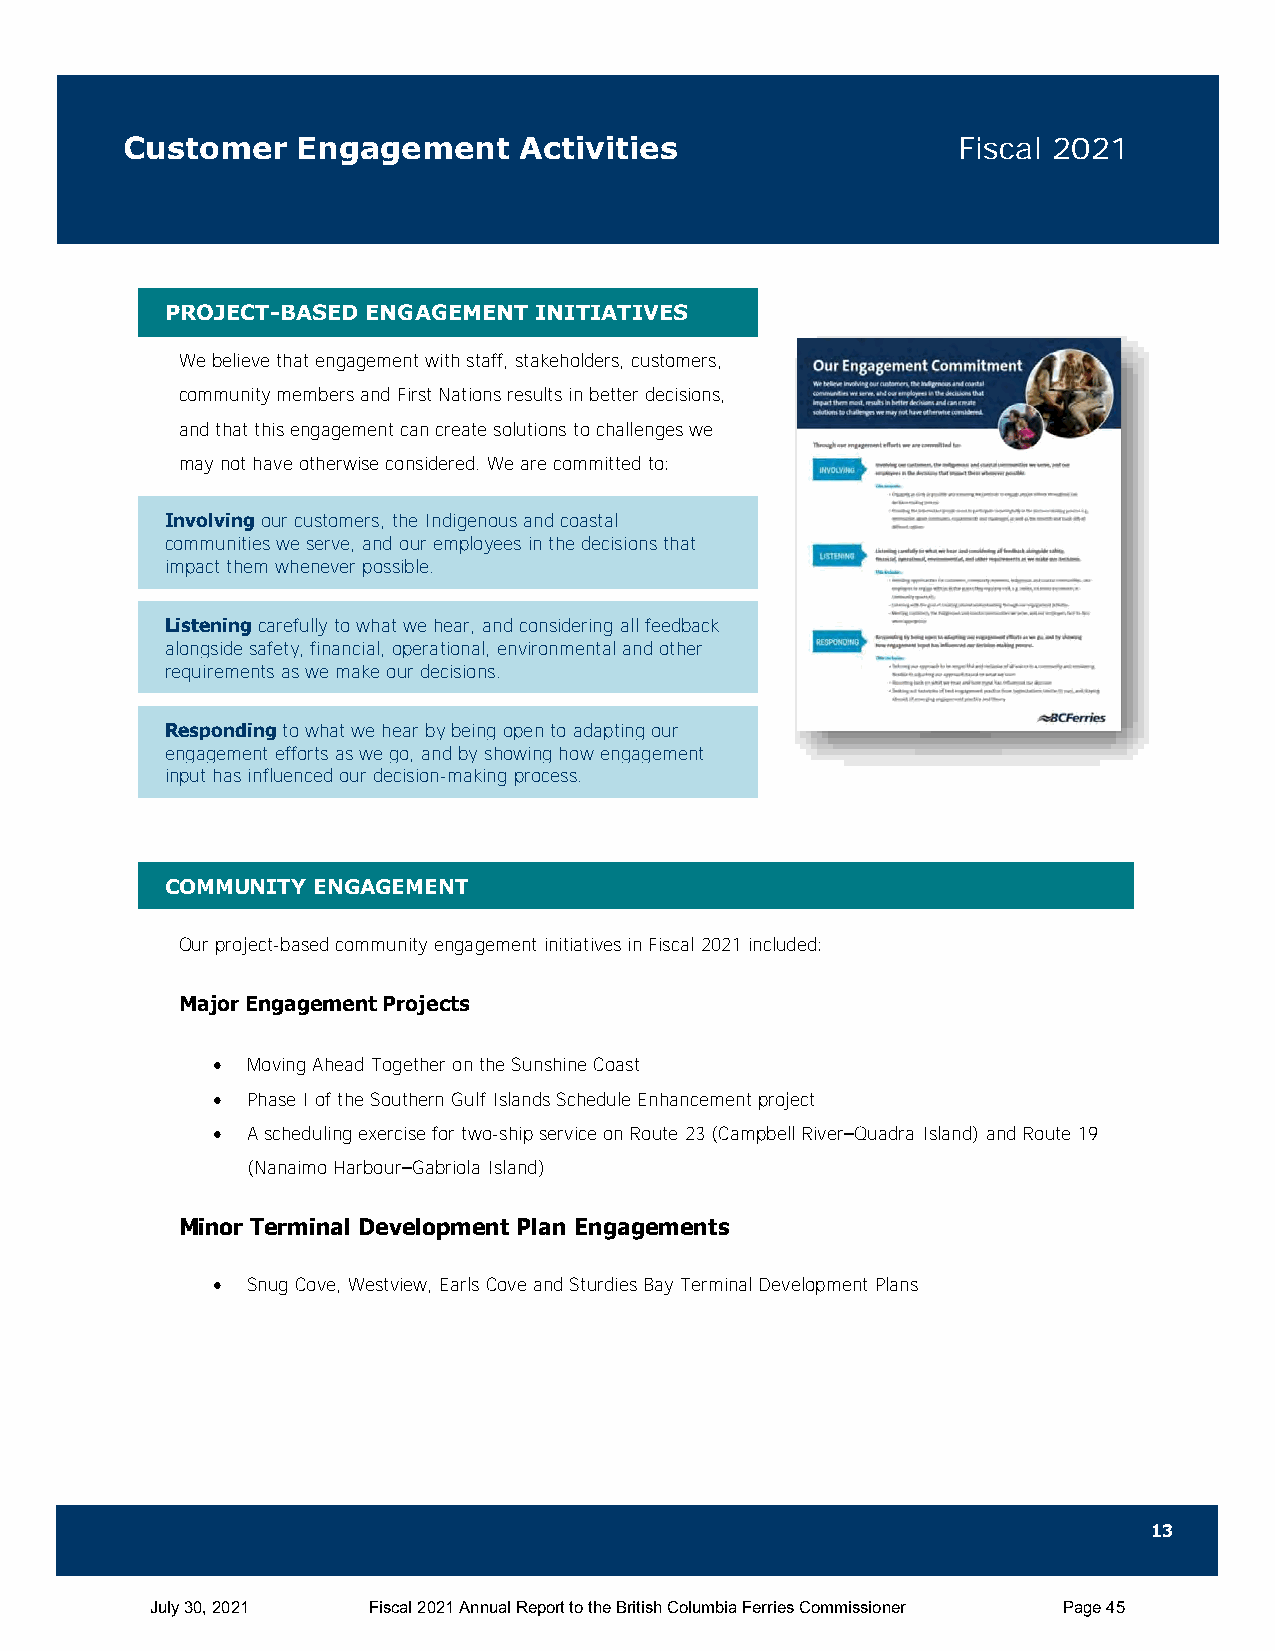
Customer    Engagement    Activities                   Fiscal 2021
 PROJECT-BASED ENGAGEMENT INITIATIVES
 We believe that engagement with staff, stakeholders, customers,
 community members and First Nations results in better decisions,
 and that this engagement can create solutions to challenges we
 may not have otherwise considered. We are committed to:
 Involving our customers, the Indigenous and coastal
 communities we serve, and our employees in the decisions that
 impact them whenever possible.
 Listening carefully to what we hear, and considering all feedback
 alongside safety, financial, operational, environmental and other
 requirements as we make our decisions.
 Responding to what we hear by being open to adapting our
 engagement efforts as we go, and by showing how engagement
 input has influenced our decision-making process.
 COMMUNITY ENGAGEMENT
 Our project-based community engagement initiatives in Fiscal 2021 included:
 Major Engagement Projects
  Moving Ahead Together on the Sunshine Coast
  Phase I of the Southern Gulf Islands Schedule Enhancement project
  A scheduling exercise for two-ship service on Route 23 (Campbell River–Quadra Island) and Route 19
 (Nanaimo Harbour–Gabriola Island)
 Minor Terminal Development Plan Engagements
  Snug Cove, Westview, Earls Cove and Sturdies Bay Terminal Development Plans
 13
 July 30, 2021 Fiscal 2021 Annual Report to the British Columbia Ferries Commissioner Page 45